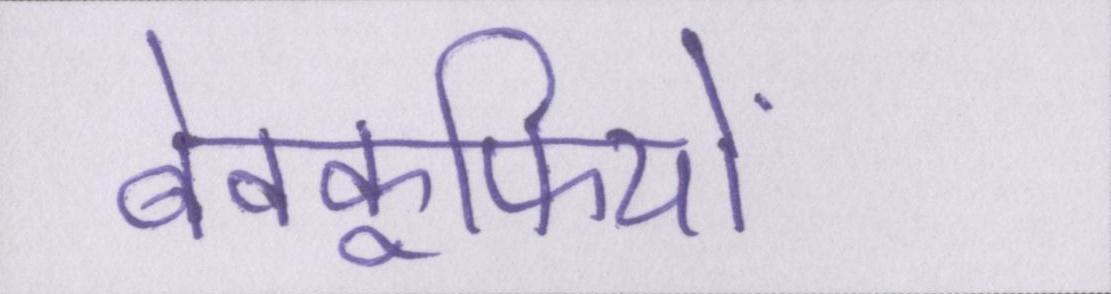
बेवकूफियों